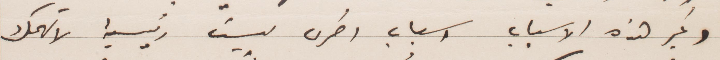
وغير هذه الأسباب أسباب أخرى ليست رئيسية لا تهمك